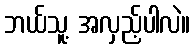
ဘယ်သူ့ အလှည့်ပါလဲ။